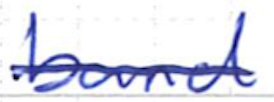
Text: band
Cross-out: single-line
Writing tool: ballpoint